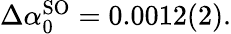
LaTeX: \begin{array}{r}{\Delta\alpha_{0}^{\mathrm{SO}}=0.0012(2).}\end{array}